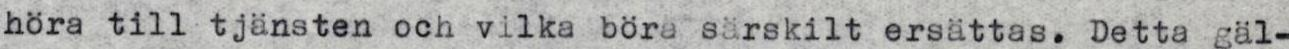
höra till tjänsten och vilka börä särskilt ersättas. Detta gäl-